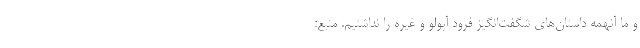
و ما آنهمه داستان‌های شگفت‌انگیز فرود آپولو و غیره را نداشتیم. منبع: